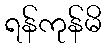
ရန်ကုန်မိ